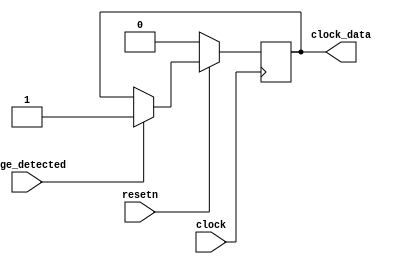
module edge_clock(clock, resetn, edge_detected, clock_data);
	input 			clock, resetn, edge_detected;
	output		 	clock_data;

	// Internal Registers
	reg			clock_data;	
	
	always @(posedge clock)
	begin
		if (resetn == 1'b0)
			clock_data <= 1'b0;
		else if (edge_detected == 1'b1)
			clock_data <= 1'b1;
	end
	
endmodule